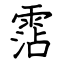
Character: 霑